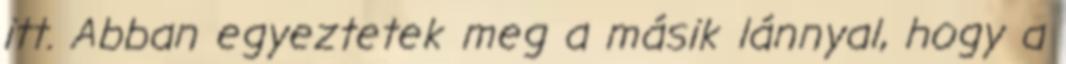
itt. Abban egyeztetek meg a másik lánnyal, hogy a